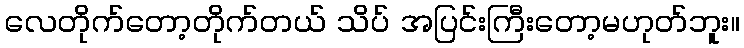
လေတိုက်တော့တိုက်တယ် သိပ် အပြင်းကြီးတော့မဟုတ်ဘူး။